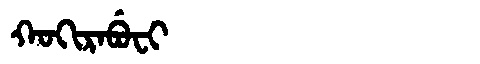
Manchu: ᡴᠣᡴᡳᡵᠠᠪᡠᠸᡳ
Romanization: KOKIRABUFI